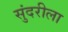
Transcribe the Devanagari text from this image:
सुंदरीला